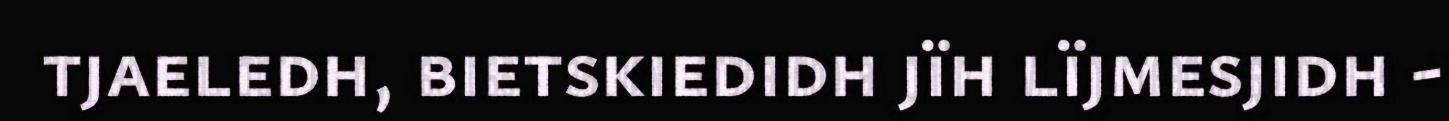
tjaeledh, bietskiedidh jïh lïjmesjidh -